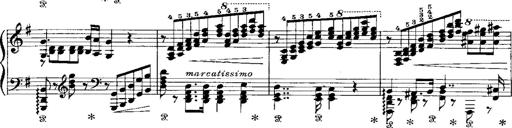
Title: RÃ©miniscences de Norma de Bellini
Composer: Franz Liszt